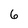
Character: 6